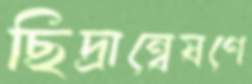
ছিদ্রান্বেষণে